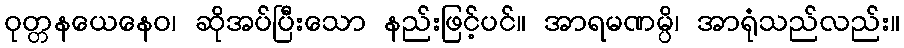
ဝုတ္တနယေနေဝ၊ ဆိုအပ်ပြီးသော နည်းဖြင့်ပင်။ အာရမဏမ္ပိ၊ အာရုံသည်လည်း။